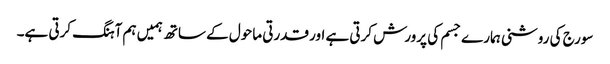
سورج کی روشنی ہمارے جسم کی پرورش کرتی ہے اور قدرتی ماحول کے ساتھ ہمیں ہم آہنگ کرتی ہے۔